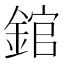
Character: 錧